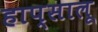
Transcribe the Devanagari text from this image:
हाप्सालू